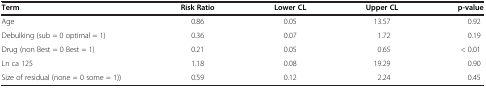
<table><thead><tr><td><b>Term</b></td><td><b>Risk Ratio</b></td><td><b>Lower CL</b></td><td><b>Upper CL</b></td><td><b>p-value</b></td></tr></thead><tbody><tr><td>Age</td><td>0.86</td><td>0.05</td><td>13.57</td><td>0.92</td></tr><tr><td>Debulking (sub = 0 optimal = 1)</td><td>0.36</td><td>0.07</td><td>1.72</td><td>0.19</td></tr><tr><td>Drug (non Best = 0 Best = 1)</td><td>0.21</td><td>0.05</td><td>0.65</td><td>&lt; 0.01</td></tr><tr><td>Ln ca 125</td><td>1.18</td><td>0.08</td><td>19.29</td><td>0.90</td></tr><tr><td>Size of residual (none = 0 some = 1))</td><td>0.59</td><td>0.12</td><td>2.24</td><td>0.45</td></tr></tbody></table>